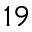
1 9